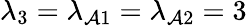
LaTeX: \lambda_{3}=\lambda_{\mathcal{A}1}=\lambda_{\mathcal{A}2}=3